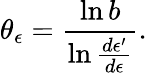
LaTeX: \theta_{\epsilon}=\frac{\ln b}{\ln\frac{d\epsilon^{\prime}}{d\epsilon}}.